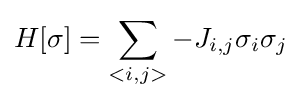
H[\sigma ]=\sum \limits _{<i,j>}-J_{i,j}\sigma _{i}\sigma _{j}